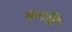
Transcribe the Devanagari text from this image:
बनहि